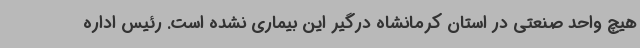
هیچ واحد صنعتی در استان کرمانشاه درگیر این بیماری نشده است. رئیس اداره